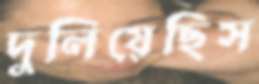
দুলিয়েছিস